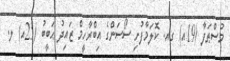
މުސްޠަފާ (19އ) ގއ. ކޮލަމާފުށި ސޯސަންގެ އިބްރާހީމް ޒައިދު ޙަބީބު (25އ) ލ.